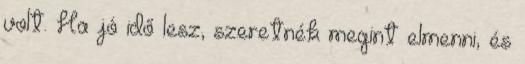
volt. Ha jó idő lesz, szeretnék megint elmenni, és